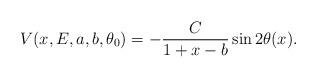
LaTeX: \begin{align*} {V}(x,E,a,b,\theta_0)=-\frac{C}{1+x-b}\sin2\theta(x). \end{align*}